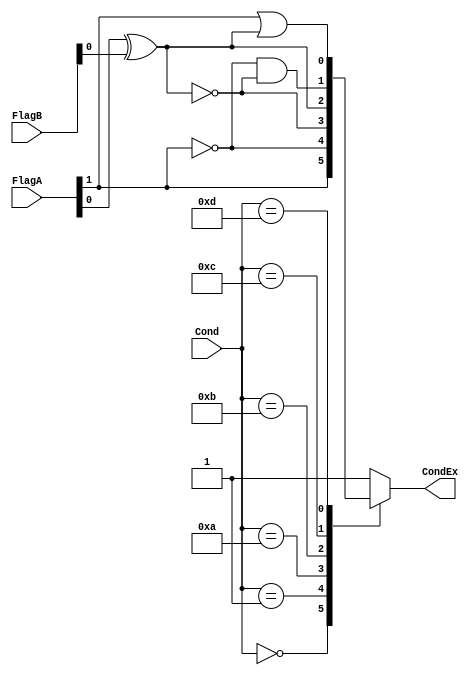
`timescale 1ns / 1ps
//////////////////////////////////////////////////////////////////////////////////
// Company: 
// Engineer: 
// 
// Design Name: 
// Module Name:    CondCheck 
// Project Name: 
// Target Devices: 
// Tool versions: 
// Description: 
//
// Dependencies: 
//
// Revision: 
// Revision 0.01 - File Created
// Additional Comments: 
//
//////////////////////////////////////////////////////////////////////////////////
module CondCheck(
    input [3:0] Cond,
    input [1:0] FlagA,
    input [1:0] FlagB,
    output reg CondEx
    );
initial begin
	CondEx = 1;
end

always @* begin
	case(Cond)
		4'b0000: CondEx = (FlagA[1]);
		4'b0001: CondEx = ~(FlagA[1]);
		4'b1010: CondEx = ~(FlagA[0] ^ FlagB[0]);
		4'b1011: CondEx = (FlagA[0] ^ FlagB[0]);
		4'b1100: CondEx = ((~FlagA[1]) & (~(FlagA[0] ^ FlagB[0])));
		4'b1101: CondEx = (FlagA[1] | (FlagA[0] ^ FlagB[0]));
		4'b1110: CondEx = 1;
		
		default: CondEx = 1;
	endcase
end

endmodule